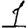
Digit: 1